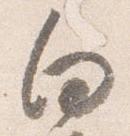
向